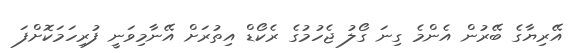
އޭރިޔާގެ ބޭރުން އެންމެ ގިނަ ގޯލު ޖެހުމުގެ ރެކޯޑް އިތުރަށް އޭނާމިވަނީ ފުރިހަމަކޮށްފަ